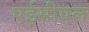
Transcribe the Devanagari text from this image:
एईसीएल